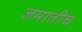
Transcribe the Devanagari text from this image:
जमातीच